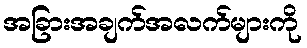
အခြားအချက်အလက်များကို